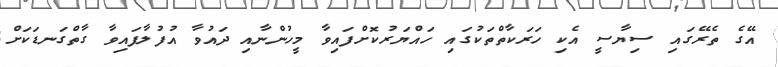
އޭގެ ތެރޭގައި ސިޔާސީ އެކި ހަރަކާތްތަކުގައި ހައްޔަރުކޮށްފައިވާ މީހުންނާއި ދައުވާ އުފުލާފައިވާ ގާތްގަނޑަކަށް